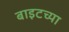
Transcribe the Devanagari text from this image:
बाइटच्या